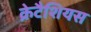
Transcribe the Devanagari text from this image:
क्रेटैशियस